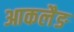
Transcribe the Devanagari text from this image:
आकलैङ